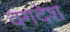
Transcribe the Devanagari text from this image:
वंगदेश